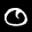
Label: 0